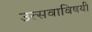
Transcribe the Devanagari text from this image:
उत्सवाविषयी